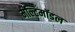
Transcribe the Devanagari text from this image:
मल्टिमॉडल